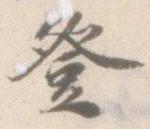
登